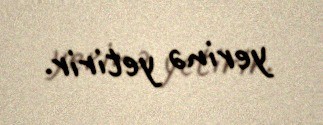
yerinə yetirir.